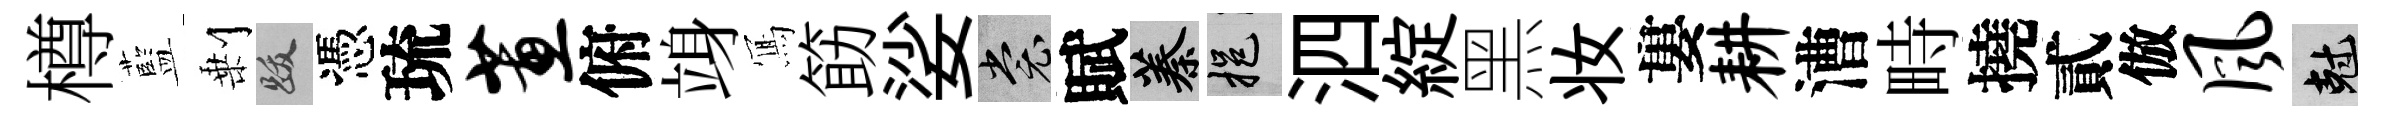
樽藍剰跋憑琉蕙俯竧𭂁筯娑裳賦蓁挹泗綻黑妆婁耕漕畤撓貳倣风剋